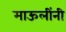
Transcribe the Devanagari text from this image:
माऊलींनी